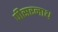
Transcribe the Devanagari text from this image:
पीसरनाथ